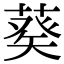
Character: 𦷡